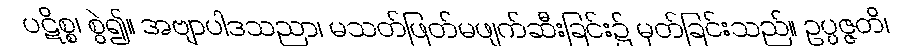
ပဋိစ္စ၊ စွဲ၍။ အဗျာပါဒသညာ၊ မသတ်ဖြတ်မဖျက်ဆီးခြင်း၌ မှတ်ခြင်းသည်။ ဥပ္ပဇ္ဇတိ၊